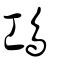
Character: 䲨